Vaccination in Bombay 1913-1923 - 1913-1923
Year: 1913
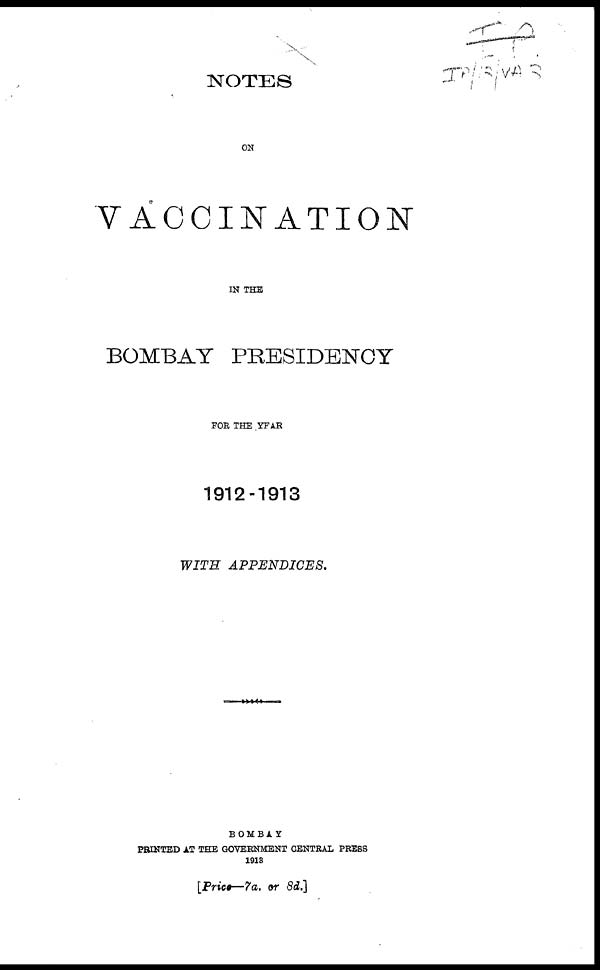
NOTES
ON
VACCINATION
IN THE
BOMBAY PRESIDENCY
FOR THE YEAR
1912-1913
WITH
APPENDICES.
BOMBAY
PRINTED AT THE GOVERNMENT CENTRAL PRESS
1913
[Price—7a. or 8d.]